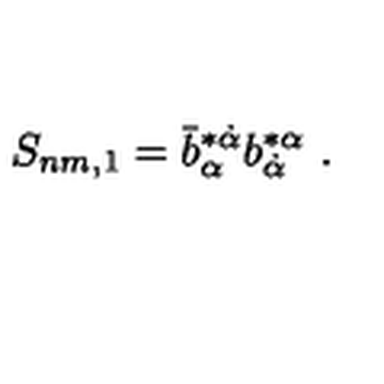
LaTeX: S _ { n m , 1 } = \bar { b } _ { \alpha } ^ { * \dot { \alpha } } b _ { \dot { \alpha } } ^ { * \alpha } \ .